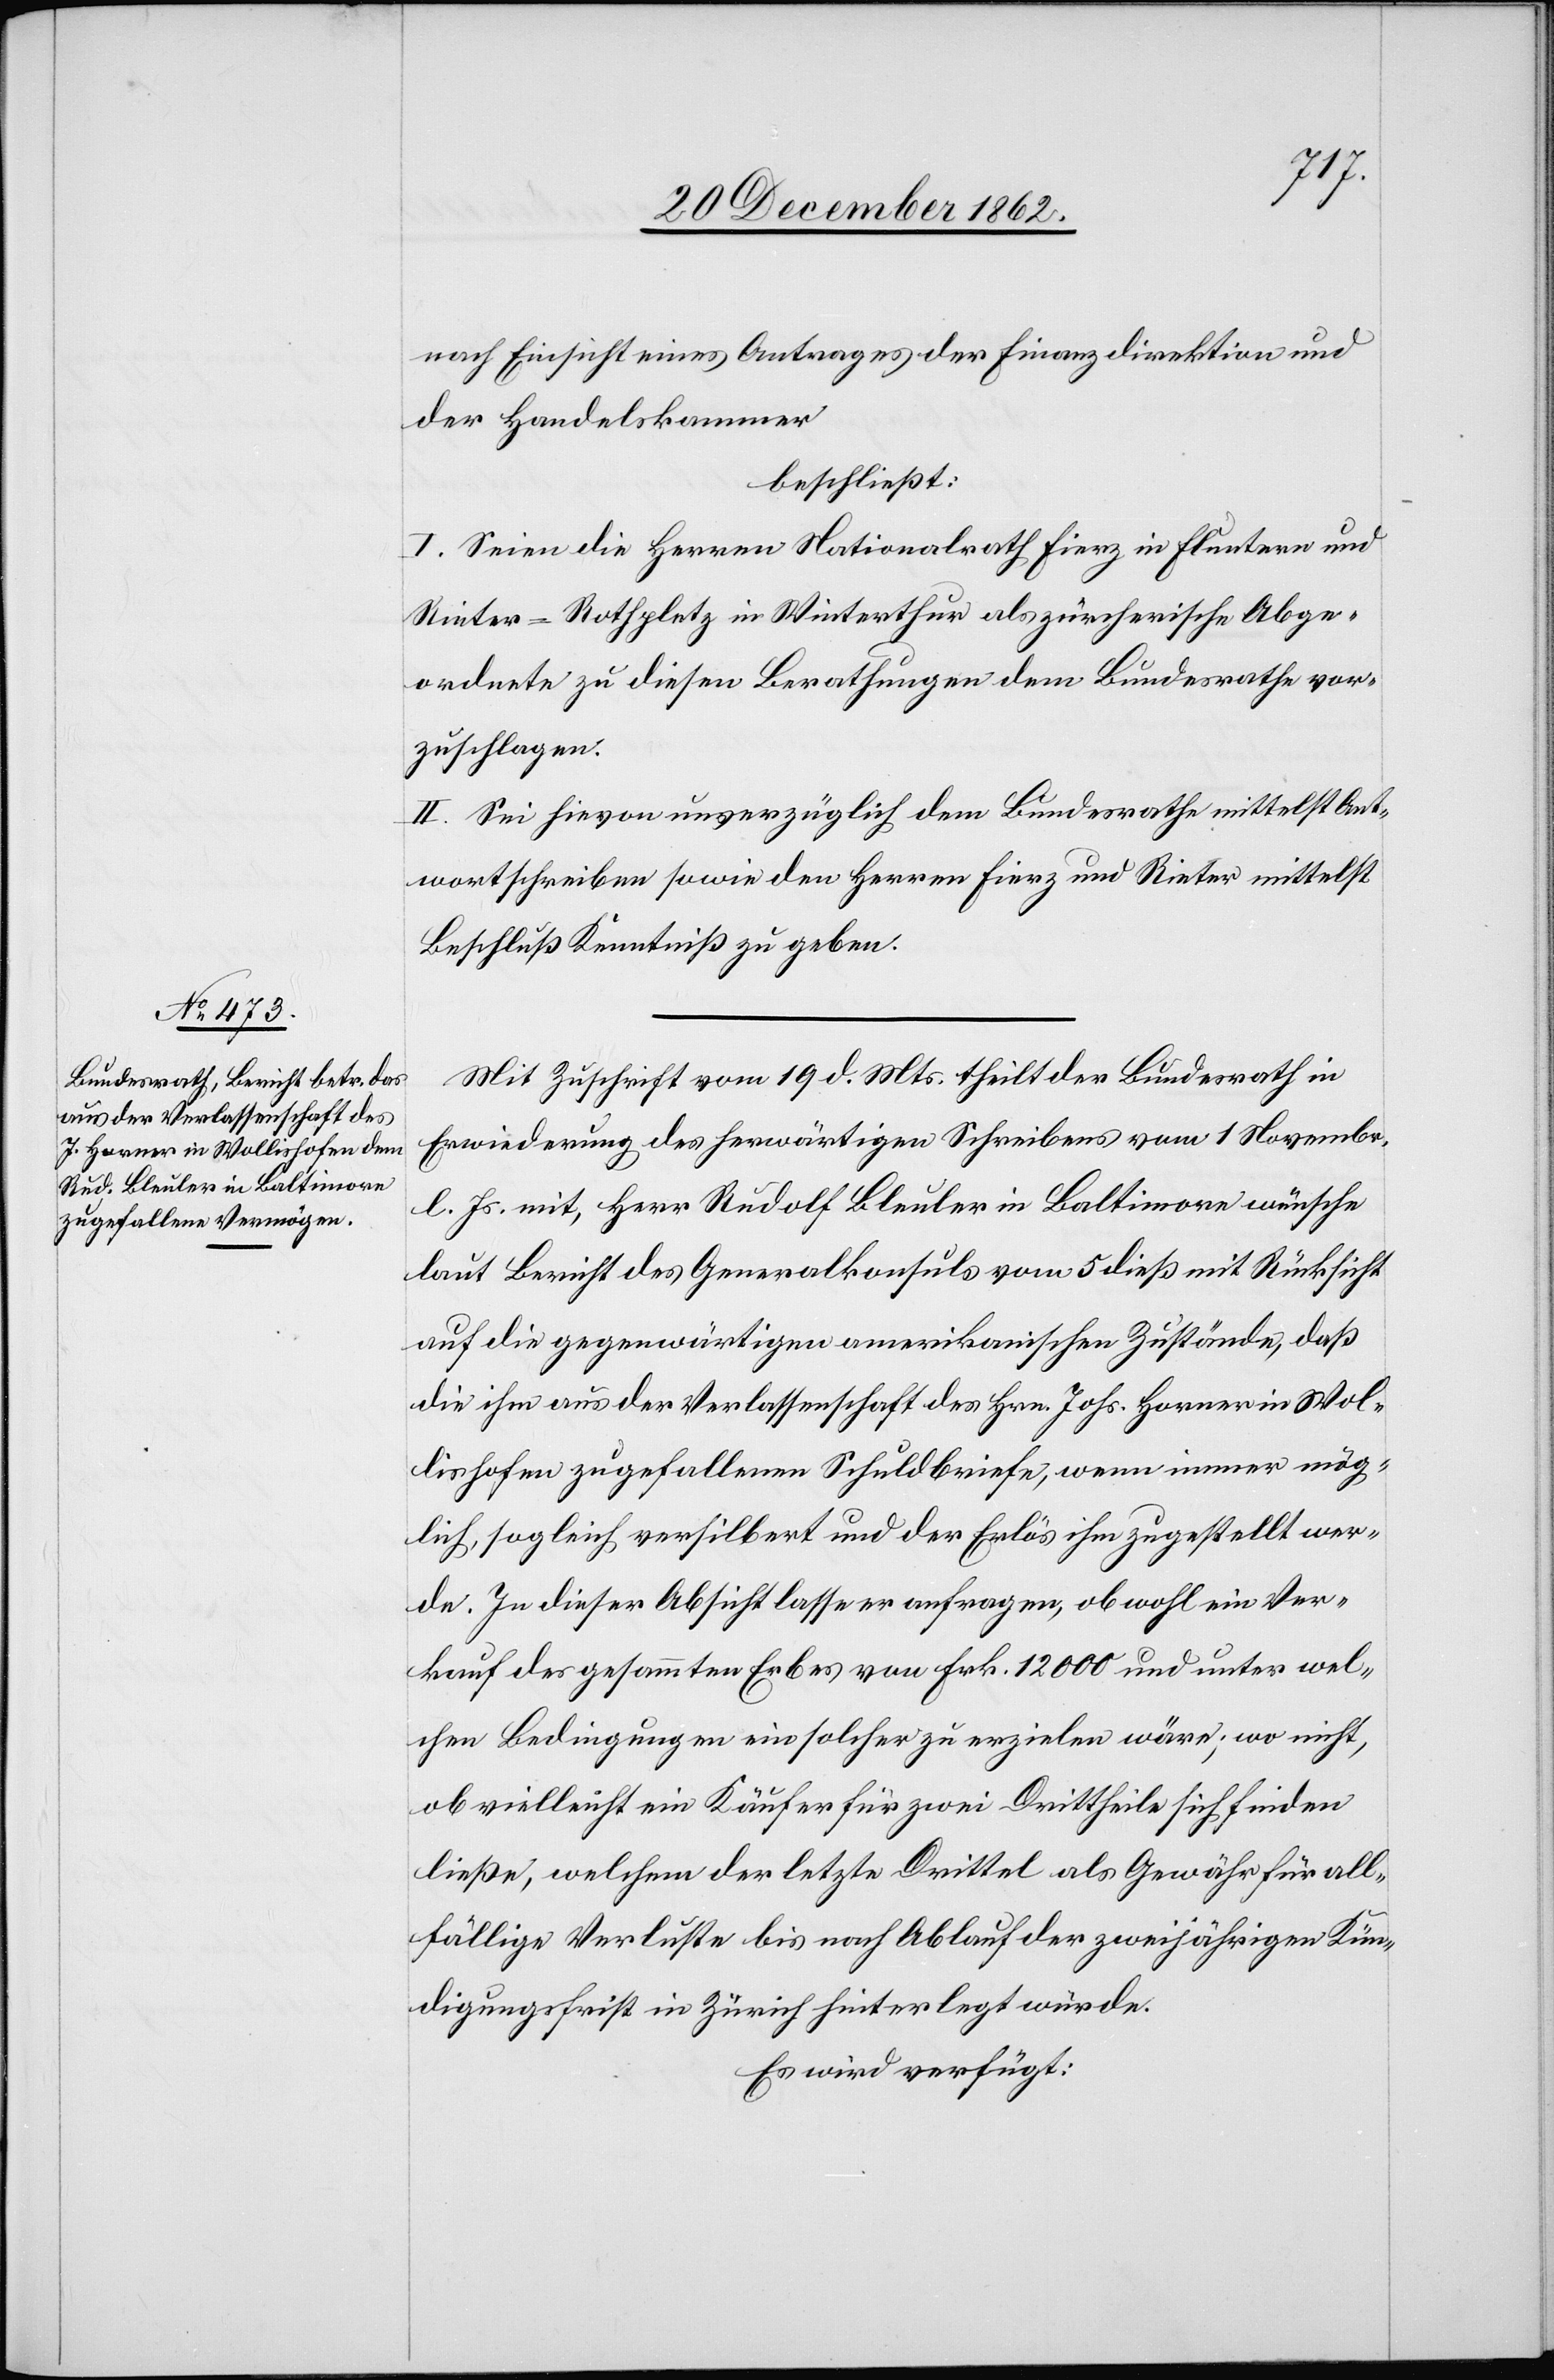
23. December 1862.]
nach Einsicht eines Antrages der Finanzdirektion und
der Handelskammer
beschließt:
I. Seien die Herren Nationalrath Fierz in Fluntern und
Rieter-Rotplaetz [sic!] in Winterthur als zürcherische Abge¬
ordnete zu diesen Berathungen dem Bundesrathe vor¬
zuschlagen.
II. Sei hievon unverzüglich dem Bundesrathe mittelst Ant¬
wortschreiben sowie den Herren Fierz und Rieter mittelst
Beschluß Kenntniß zu geben.
Mit Zuschrift vom 19. d. Mts. theilt der Bundesrath in
Erwiederung des herwärtigen Schreibens vom 1. Novembr.
l. Js. mit, Herr Rudolf Bleuler in Baltimore wünsche
laut Bericht des Generalkonsuls vom 5. dieß mit Rücksicht
auf die gegenwärtigen amerikanischen Zustände, daß
die ihm aus der Verlassenschaft des Hrn. Johs. Horner in Wol¬
lishofen zugefallenen Schuldbriefe, wenn immer mög¬
lich, sogleich versilbert und der Erlös ihm zugestellt wer¬
de. In dieser Absicht lasse er anfragen, ob wohl ein Ver¬
kauf des gesammten Erbes von Frk. 12 000 und unter wel¬
chen Bedingungen ein solcher zu erzielen wäre; wo nicht,
ob vielleicht ein Käufer für zwei Drittheile sich finden
ließe, welchem der letzte Drittel als Gewähr für all¬
fällige Verluste bis nach Ablauf der zweijährigen Kün¬
digungsfrist in Zürich hinterlegt würde.
Es wird verfügt: